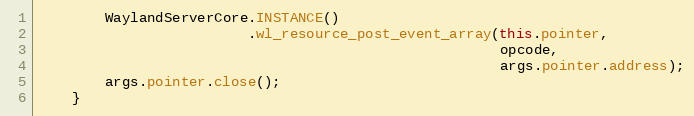
Language: Java
        WaylandServerCore.INSTANCE()
                         .wl_resource_post_event_array(this.pointer,
                                                       opcode,
                                                       args.pointer.address);
        args.pointer.close();
    }